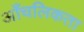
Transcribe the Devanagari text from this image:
आँचलिकता